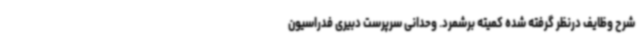
شرح وظایف درنظر گرفته شده کمیته برشمرد. وحدانی سرپرست دبیری فدراسیون